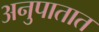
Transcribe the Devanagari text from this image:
अनुपातात